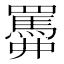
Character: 𦌹